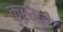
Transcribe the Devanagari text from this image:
करमहे